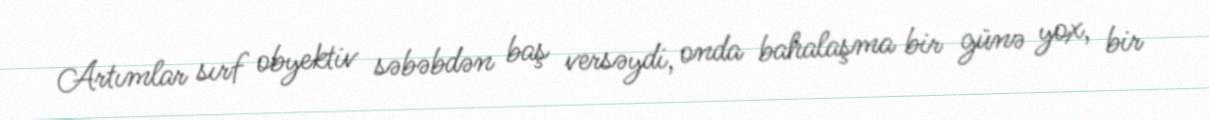
Artımlar sırf obyektiv səbəbdən baş versəydi, onda bahalaşma bir günə yox, bir